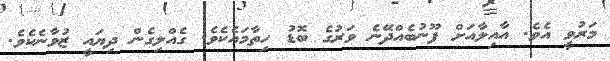
މަރުވީ އެވެ. އާއިލާއަށް ފޫނުބެއްދޭނެ ވަރުގެ ބޮޑު ހިތާމައެކެވެ. ގެއްލިގެން ދިޔައީ ޒުވާނެކެވެ.